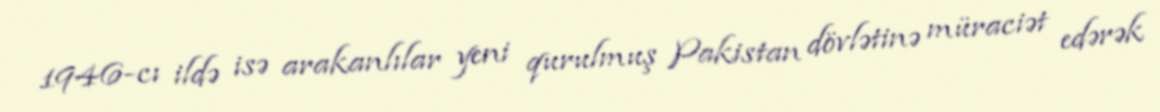
1946-cı ildə isə arakanlılar yeni qurulmuş Pakistan dövlətinə müraciət edərək